Trukikaitis_Postimees, lk 14
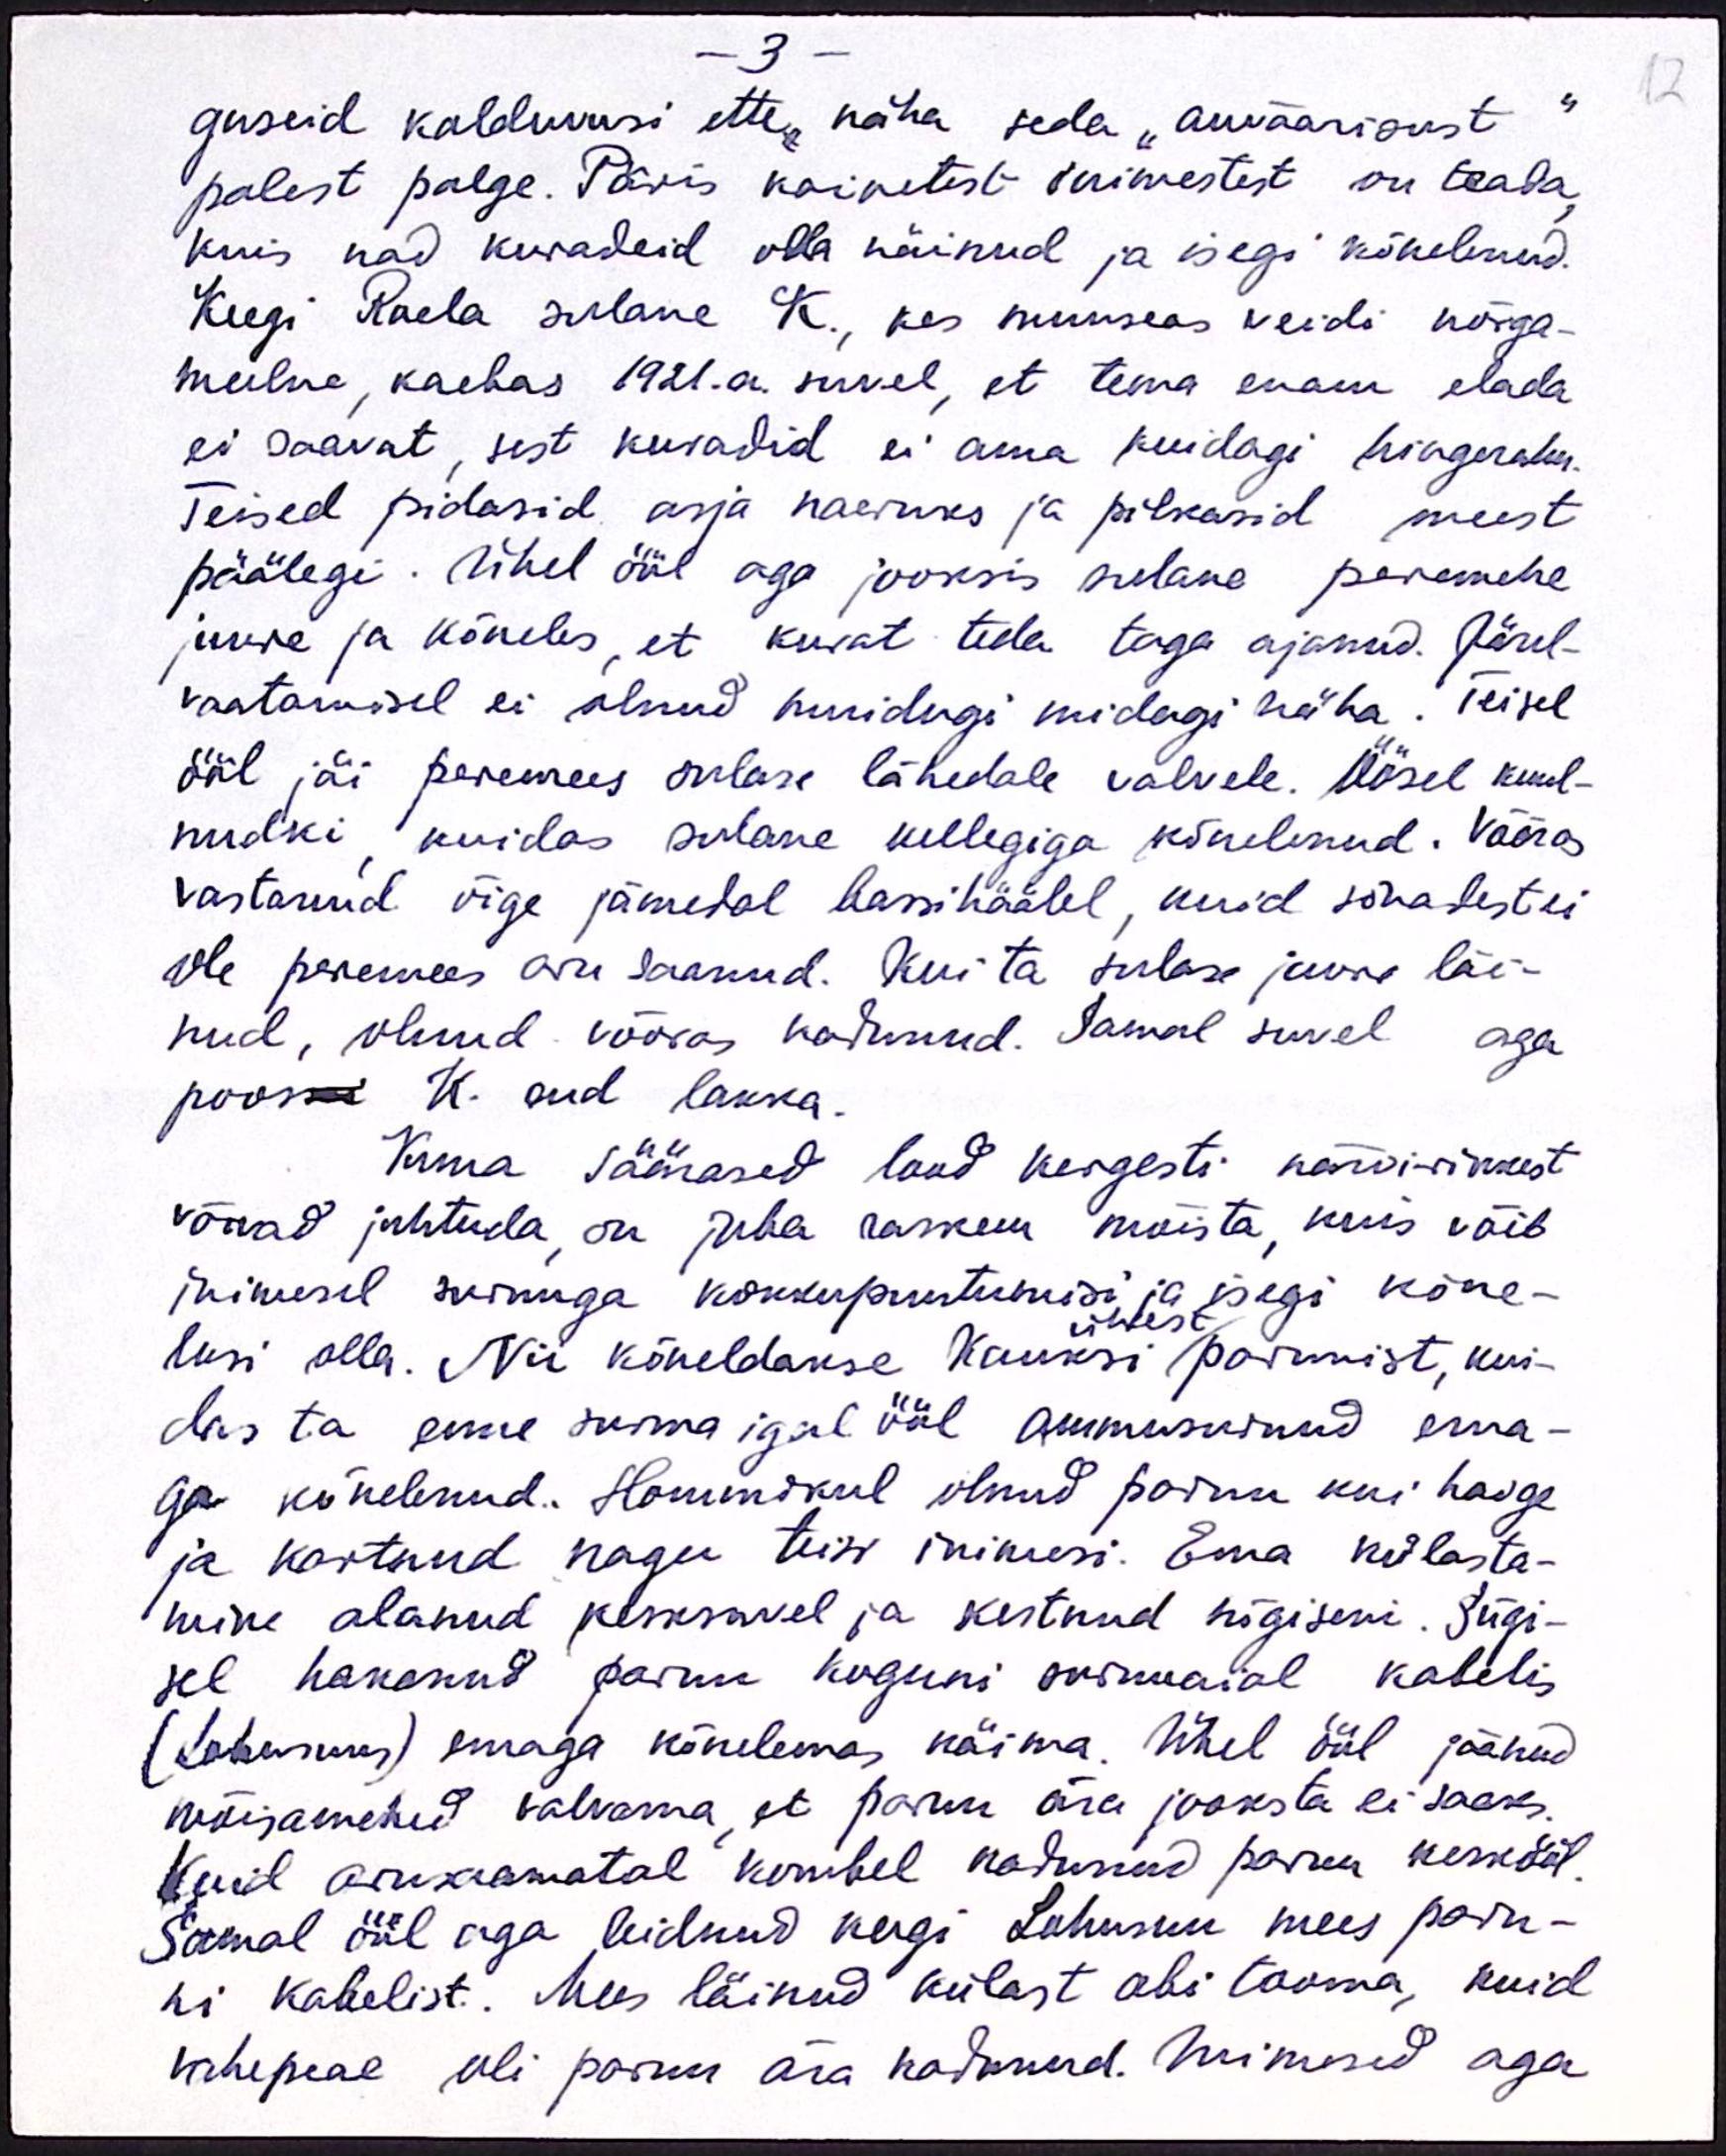
guseid kalduvusi ette näha seda "auväärisust"
palest palge. Päris kainetest inimestest on teada,
kuis nad kuradeid olla näinud ja isegi kõnelenud.
Keegi Raela sulane K., kes muuseas veidi nõrga-
meelne, kaebas 1921.a. suvel, et tema enam elada
ei saavat, sest kuradid ei anna kuidagi hingerahu.
Teised pidasid asja naerusks ja pilkasid meest
päälegi. Ühel ööl aga jooksis sulane peremehe
juure ja kõneles, et kurat teda taga ajanud. Järel-
vaatamisel ei olnud muidugi midagi näha. Teisel
ööl jäi peremees sulase lähedale valvele. Öösel kuul-
nudki kuidas sulane kellegiga kõnelnud. Võõras
vastanud õige jämedal bassihäälel, kuid sõnadest ei
ole peremees aru saanud. Kui ta sulase juure läi-
nud, olnud võõras kadunud. Samal suvel aga
poos K. end lakka.
Kuna säärased lood kergesti närvirikkust
võivad juhtuda, on juba raskem mõista, kuis võib
inimesel surmaga kokkupuutumisi ja isegi kõne-
lusi olla. Nii kõneldakse Kauksi parunist, kui-
ühest
das ta enne surma igal ööl ammusurnud ema-
ga kõnelenud. Hommikul olnud parun kui haige
ja kartund nagu teisi inimesi. Ema külasta-
mine alanud kesksuvel ja kestnud sügiseni. Sügi-
sel hakanud parun koguni surmaial kabelis
(Lohusuus) emaga kõnelema käima. Ühel ööl jäänud
mõisamehed valvama, et parun ära jooksta ei saaks.
Kuid arusmamatul kombel kadunud parun keskööl.
Samal ööl aga leidnud keegi Lohusuu mees paru-
ni kabelist. Mees läinud külast abi tooma, kuid
vahepeal oli parun ära kadunud. Inimesed aga